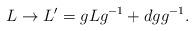
LaTeX: \begin{align*}L\rightarrow L'=gLg^{-1}+dgg^{-1}. \end{align*}